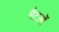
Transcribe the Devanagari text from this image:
मैटलों